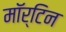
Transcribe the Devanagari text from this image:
मॉर्टिन